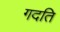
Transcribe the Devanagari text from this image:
गदति